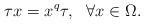
LaTeX: \begin{align*} \tau x= x^q \tau, ~~ \forall x \in \Omega.\end{align*}